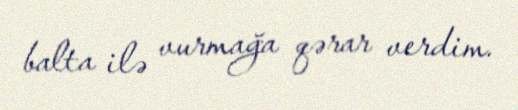
balta ilə vurmağa qərar verdim.